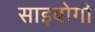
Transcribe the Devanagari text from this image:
साइबोगी